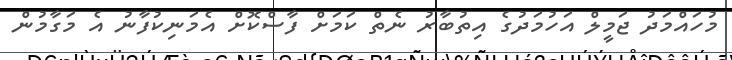
މުހައްމަދު ޖަމީލް އަހުމަދުގެ އިތުބާރު ނެތް ކަމަށް ފާސްކޮށް އެމަނިކުފާނު އެ މަގާމުން